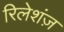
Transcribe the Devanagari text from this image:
रिलेशंज़